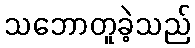
သဘောတူခဲ့သည်